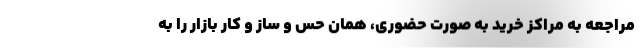
مراجعه به مراکز خرید به صورت حضوری، همان حس و ساز و کار بازار را به